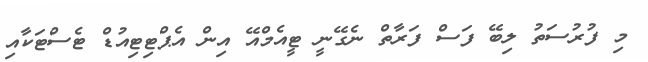
މި ފުރުސަތު ލިބޭ ފަސް ފަރާތް ނެގޭނީ ޓީއެމްއޭ އިން އެޕްޓިޓިއުޑް ޓެެސްޓަކާއި